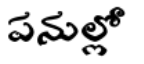
పనుల్లో